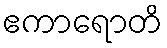
ဧကာရောတိ